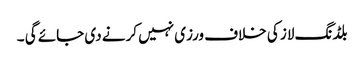
بلڈنگ لاز کی خلاف ورزی نہیں کرنے دی جائے گی ۔